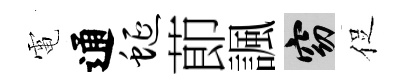
電通蜒莭諷窈促